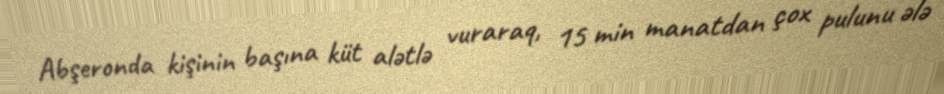
Abşeronda kişinin başına küt alətlə vuraraq, 15 min manatdan çox pulunu ələ